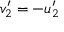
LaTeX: v _ { 2 } ^ { \prime } = - u _ { 2 } ^ { \prime }